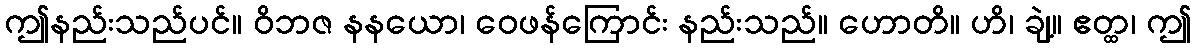
ဤနည်းသည်ပင်။ ဝိဘဇ နနယော၊ ဝေဖန်ကြောင်း နည်းသည်။ ဟောတိ။ ဟိ၊ ချဲ့။ ဧတ္ထ၊ ဤ